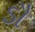
ડૌ